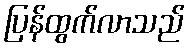
ပြန်ထွက်လာသည်